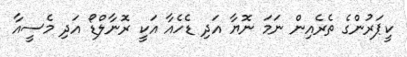
ކީޕަރުންގެ ތެރެއިން ނަމަ ނޮޔާ އަދި ޑެހެއާ އަކީ ރޮނާލްޑޯ އަދި މެސީއާ